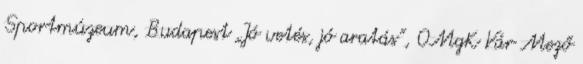
Sportmúzeum, Budapest „Jó vetés, jó aratás”, OMgK Vár Mező